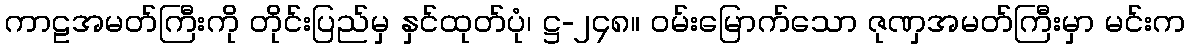
ကာဠအမတ်ကြီးကို တိုင်းပြည်မှ နှင်ထုတ်ပုံ၊ ဋ္ဌ-၂၄၈။ ဝမ်းမြောက်သော ဇုဏှအမတ်ကြီးမှာ မင်းက